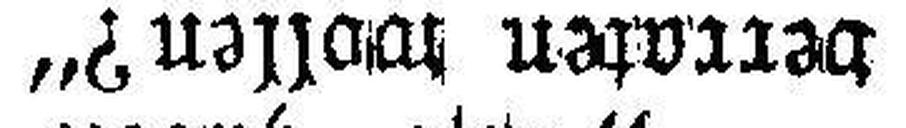
verraten wollen?“